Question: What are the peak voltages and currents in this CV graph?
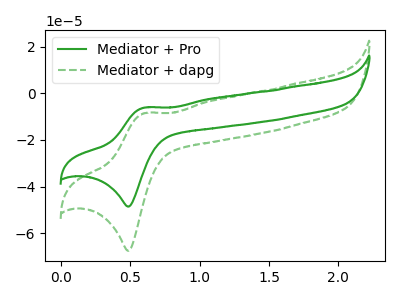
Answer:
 <answer>The green curve "Mediator + Pro" has an anodic peak at (0.60V, -6.10uA) and a cathodic peak at (0.50V, -48.55uA). The green dashed curve "Mediator + dapg" has an anodic peak at (0.60V, -8.45uA) and a cathodic peak at (0.50V, -67.50uA).</answer>
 <eval></eval>